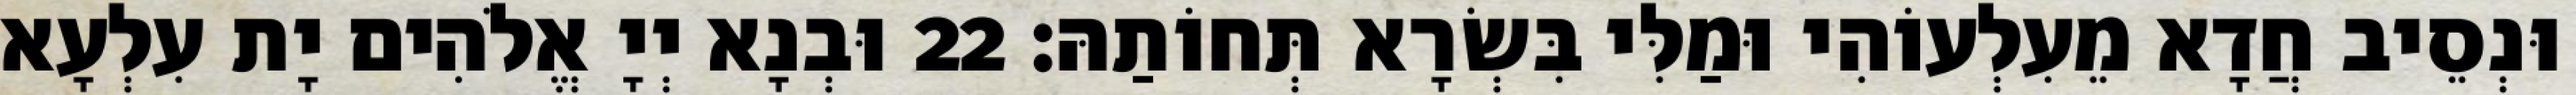
וּנְסֵיב חֲדָא מֵעִלְעוֹהִי וּמַלִּי בִּשְׂרָא תְּחוֹתַהּ׃ 22 וּבְנָא יְיָ אֱלֹהִים יָת עִלְעָא